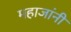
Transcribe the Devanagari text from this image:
महाजांनी